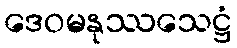
ဒေဝမနုဿသေဋ္ဌံ